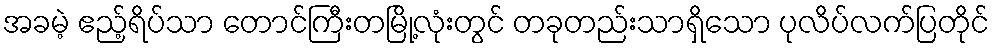
အခမဲ့ ဧည့်ရိပ်သာ တောင်ကြီးတမြို့လုံးတွင် တခုတည်းသာရှိသော ပုလိပ်လက်ပြတိုင်